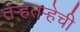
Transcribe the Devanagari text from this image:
तर्‍हतर्‍हेची